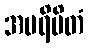
အပရိမိတံ